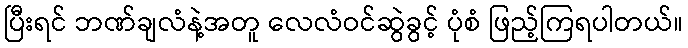
ပြီးရင် ဘဏ်ချလံနဲ့အတူ လေလံဝင်ဆွဲခွင့် ပုံစံ ဖြည့်ကြရပါတယ်။